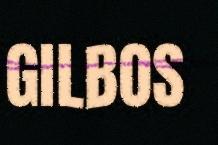
GILBOS